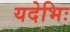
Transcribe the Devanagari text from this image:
यदेभिः